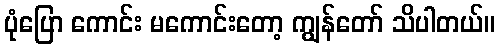
ပုံပြော ကောင်း မကောင်းတော့ ကျွန်တော် သိပါတယ်။